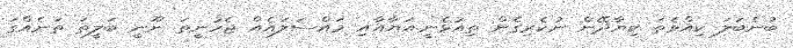
ބުނެބަލަ ކިއްވެތަ ކިޔާދޭން ނުކެރިގެން ތިއުޅެނީ.އަޔާއާއި މައްސަލައެއް ޖެހުނީތަ ނޫނީ ބަލީތަ ތަނެއްގަ